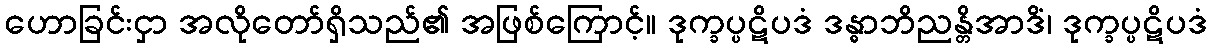
ဟောခြင်းငှာ အလိုတော်ရှိသည်၏ အဖြစ်ကြောင့်။ ဒုက္ခပ္ပဋိပဒံ ဒန္ဓာဘိညန္တိအာဒိံ၊ ဒုက္ခပ္ပဋိပဒံ